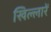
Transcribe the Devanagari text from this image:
खिल्लारें